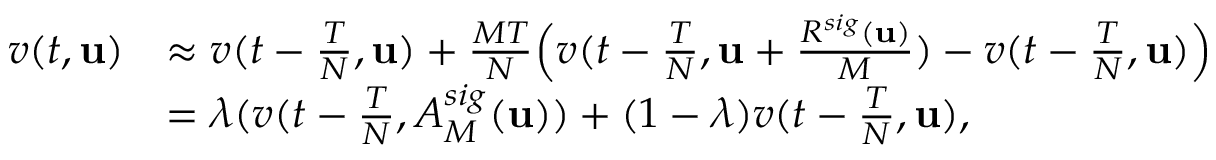
\begin{array} { r l } { v ( t , \mathbf u ) } & { \approx v ( t - \frac T N , \mathbf u ) + \frac { M T } N \Big ( v ( t - \frac T N , \mathbf u + \frac { R ^ { s i g } ( \mathbf u ) } M ) - v ( t - \frac T N , \mathbf u ) \Big ) } \\ & { = \lambda ( v ( t - \frac T N , A _ { M } ^ { s i g } ( \mathbf u ) ) + ( 1 - \lambda ) v ( t - \frac T N , \mathbf u ) , } \end{array}